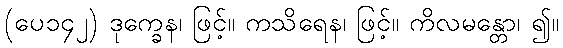
(ပေ၁၄၂) ဒုက္ခေန၊ ဖြင့်။ ကသိရေန၊ ဖြင့်။ ကိလမန္တော၊ ၍။